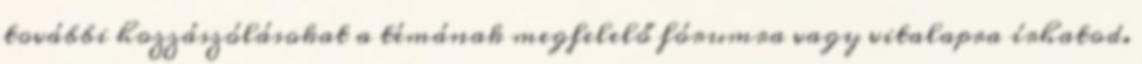
további hozzászólásokat a témának megfelelő fórumra vagy vitalapra írhatod.